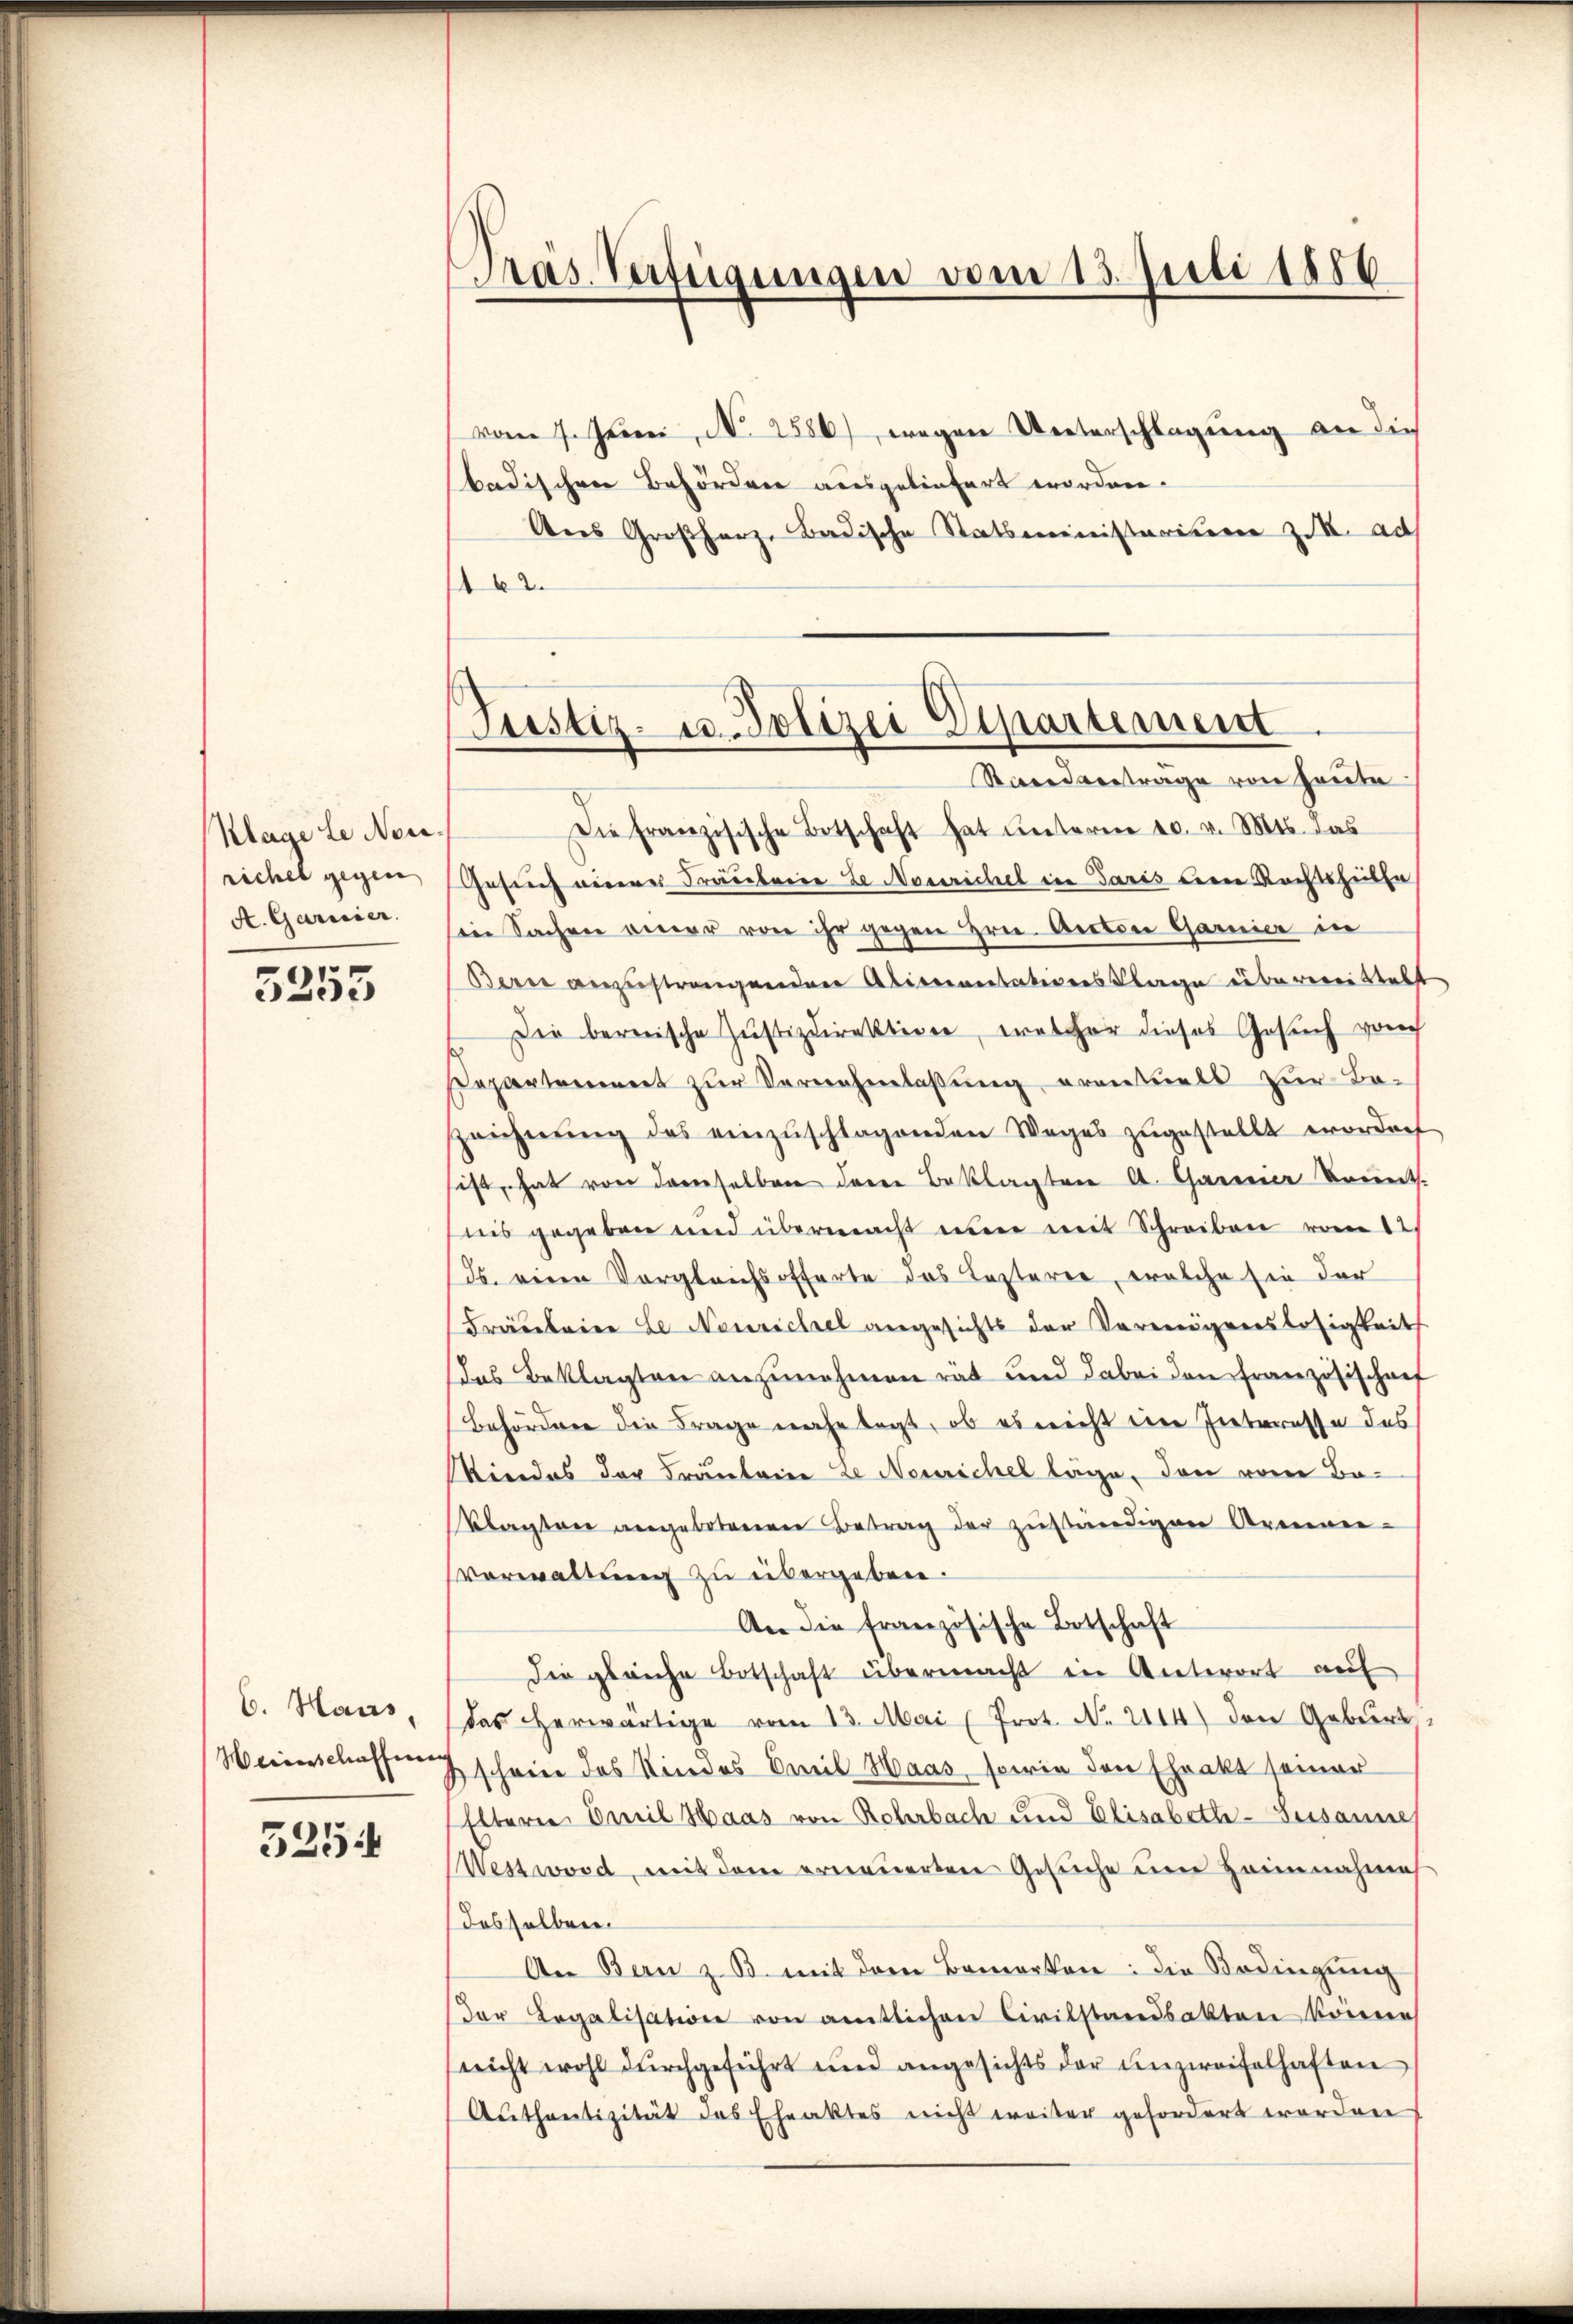
Klage le Neuerichel gegen
A. Garnier.
n

525.

C. Haus,
Weinerschaffung

5254

Pras Verfügungen vom 15. Juli 1886

vom 7. Jenne, N. 2586), wegen Unterschlagung an die
badischen Behördern ausgeliefert worden.
Aus Großherz, Badische Statsministariser XIX. ad
2.
Die französische Botschaft hat ŭnterm 10. v. Mts. das
Gesuch einere Trauberie ze Nossrichel in Paris den Rechtshülfe
Ein Sachen einer von ihr gegen Hrn. Anton Garnier in
Berne anzustrangenden Alimentationsklage überweittelt
Die bereische Justizdirektion, welcher dieses Gesuch von
Separtoniert zŭr Vernehmlassŭng eventuels zur Be-
Zeichnŭng des einzŭschlagenden Weges zŭgestellt worden
ist, hat von dererselben deren Beklagten A. Garten Brennt.
teis gegeben und übermacht einer mit Schreiben vom 12.
ds. einen Vergleichsofferte das Lezterer, welche sie der
Fräuleine Le Neurichel angesichts der Vermögenslosigkeit
das Beklagten anzunehmen rät und dabei den Französischarf
Behördere die Frage nahe legt, ob es nicht im Interesse des
Kindes der Fräuleine ze Neurichel lage, den von Baklagten angebotenen Betrag der zuständigen Armee-
Verwaltung zu übergeben.
An die französische Botschaft
die gleiche Botschaft übermacht in Antwort auf
das herwärtige vom 13. Mai (Prot. No. 2114) den Geburt,
schreie das Kindes Ereib Haas, sowie den Ehrakt seiner
Eltern Emil Haas von Rehrbach und Elisabeth-Susanne
West word, mit dem erneuerten Gesuche um Haimnahmes
desselben.
An Bern z. B. mit dem Bemerken: die Bedingung
Dor Legalisation von amtlichen Civilstandsakten könnern
(nicht wohl durchgeführt und angesichts der unzweifelhaften
Aŭthantizität des Eheaktes nicht weiter gefordert worden

Justiz- u. Polizei Departement
Randvertrage von heute